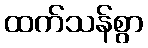
ထက်သန်စွာ